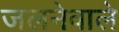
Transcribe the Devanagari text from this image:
जलनेवाले